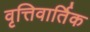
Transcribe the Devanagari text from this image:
वृत्तिवार्तिक